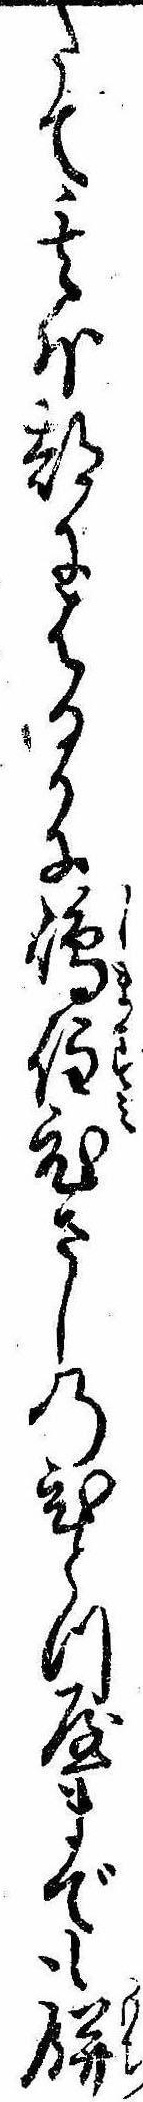
たて其外都にはるかに島住ひさしのひとつ屋までも餅